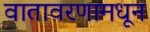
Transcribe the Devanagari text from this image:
वातावरणामधून